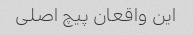
این واقعان پیچ اصلی